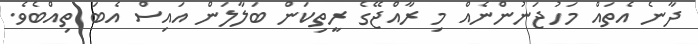
ދާނެ އެތައް މަހުޖަނުންނެއް މި ރާއްޖޭގެ ރީތިކަން ބަލާލަން އައިސް އެބަ ތިއްބެވެ.